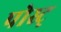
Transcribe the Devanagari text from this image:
पोस्ट्